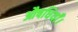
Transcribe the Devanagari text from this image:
औषधियाँ।